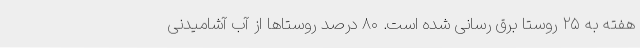
هفته به ۲۵ روستا برق رسانی شده است. ۸۰ درصد روستاها از آب آشامیدنی